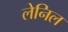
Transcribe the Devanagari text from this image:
लेनिल